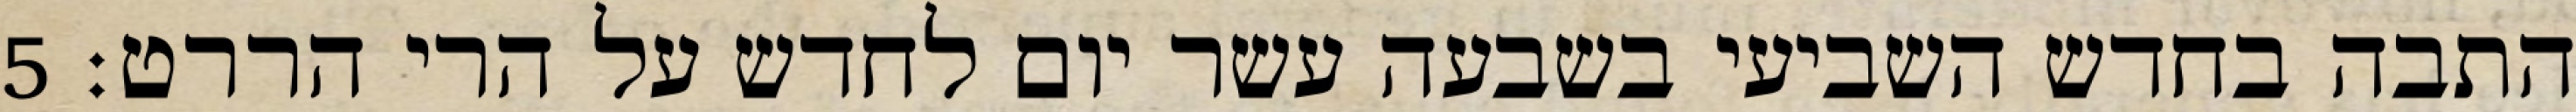
התבה בחדש השביעי בשבעה עשר יום לחדש על הרי הררט׃ ‎5‏